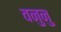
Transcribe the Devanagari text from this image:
वनुनु